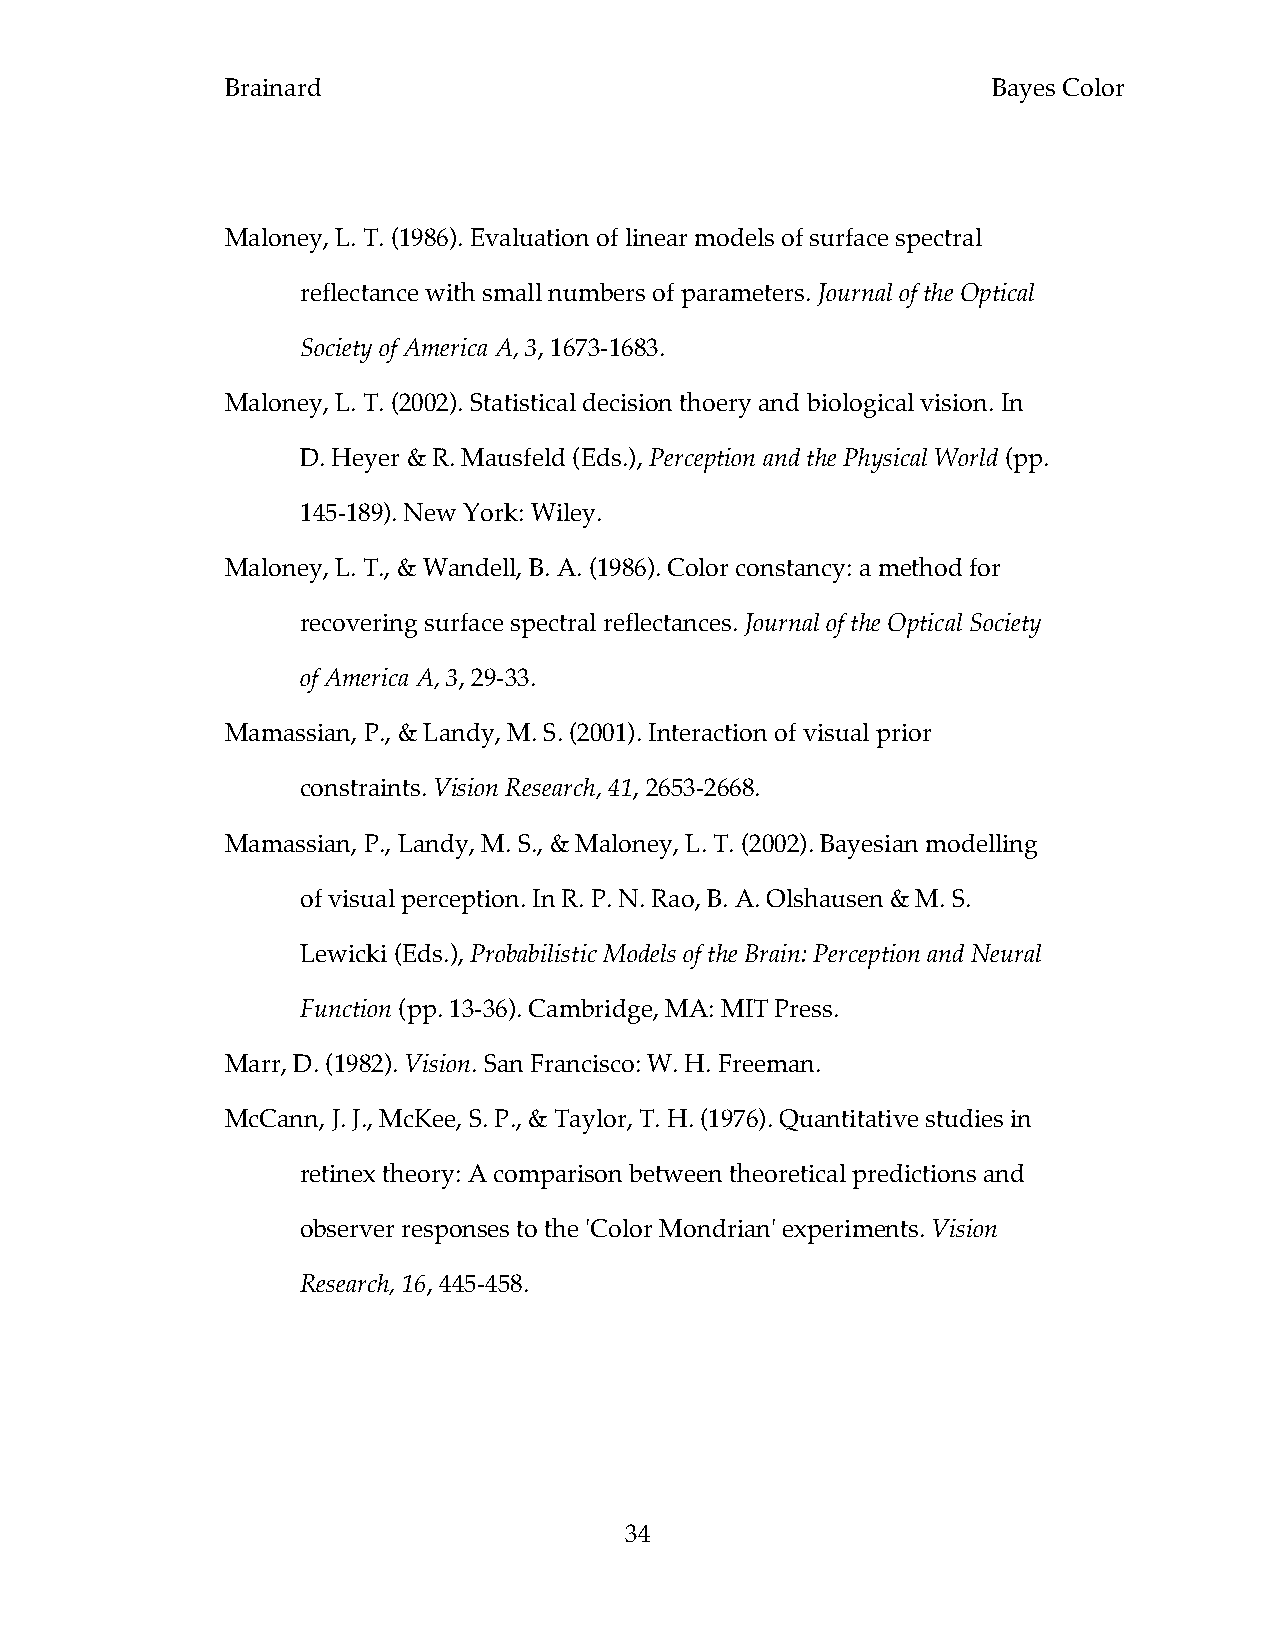
Brainard                                           Bayes Color
 Maloney, L. T. (1986). Evaluation of linear models of surface spectral
 reflectance with small numbers of parameters. Journal of the Optical
 Society of America A, 3, 1673-1683.
 Maloney, L. T. (2002). Statistical decision thoery and biological vision. In
 D. Heyer & R. Mausfeld (Eds.), Perception and the Physical World (pp.
 145-189). New York: Wiley.
 Maloney, L. T., & Wandell, B. A. (1986). Color constancy: a method for
 recovering surface spectral reflectances. Journal of the Optical Society
 of America A, 3, 29-33.
 Mamassian, P., & Landy, M. S. (2001). Interaction of visual prior
 constraints. Vision Research, 41, 2653-2668.
 Mamassian, P., Landy, M. S., & Maloney, L. T. (2002). Bayesian modelling
 of visual perception. In R. P. N. Rao, B. A. Olshausen & M. S.
 Lewicki (Eds.), Probabilistic Models of the Brain: Perception and Neural
 Function (pp. 13-36). Cambridge, MA: MIT Press.
 Marr, D. (1982). Vision. San Francisco: W. H. Freeman.
 McCann, J. J., McKee, S. P., & Taylor, T. H. (1976). Quantitative studies in
 retinex theory: A comparison between theoretical predictions and
 observer responses to the 'Color Mondrian' experiments. Vision
 Research, 16, 445-458.
 34